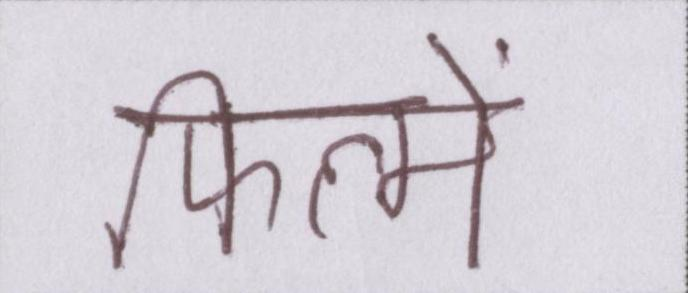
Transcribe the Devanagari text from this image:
फिल्में